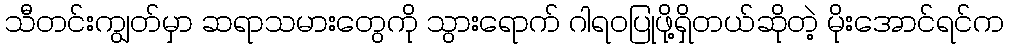
သီတင်းကျွတ်မှာ ဆရာသမားတွေကို သွားရောက် ဂါရဝပြုဖို့ရှိတယ်ဆိုတဲ့ မိုးအောင်ရင်က